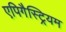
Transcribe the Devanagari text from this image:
एपिगैस्ट्रियम